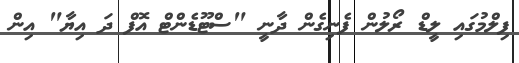
ފިލްމުގައި ލީޑް ރޯލުން ފެނިގެން ދާނީ "ސްޓޫޑެންޓް އޮފް ދަ އިޔާ" އިން